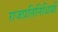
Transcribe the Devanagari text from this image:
राजप्रतिनिधियों